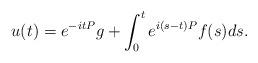
LaTeX: \begin{align*} u(t) = e^{-itP}g + \int_0^t e^{i(s-t)P}f(s)ds.\end{align*}